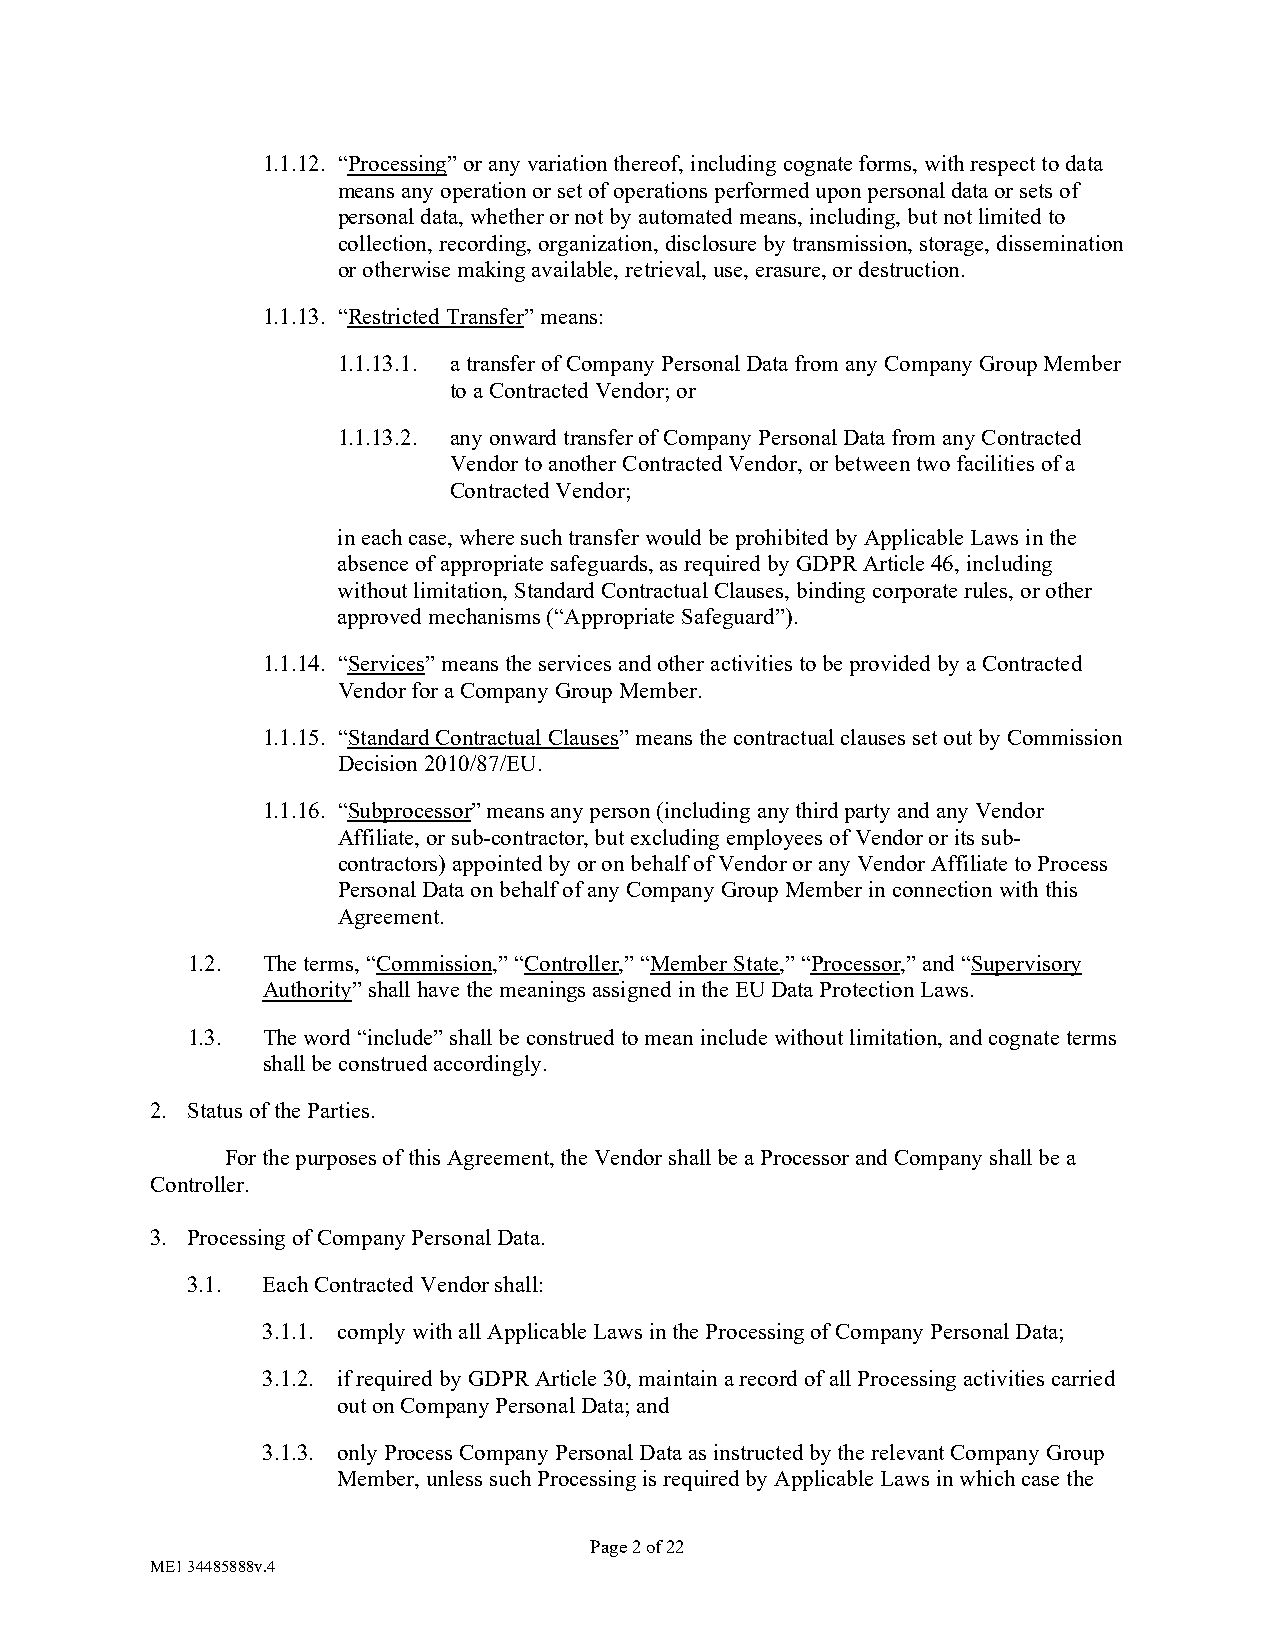
1.1.12. “Processing” or any variation thereof, including cognate forms, with respect to data
 means any operation or set of operations performed upon personal data or sets of
 personal data, whether or not by automated means, including, but not limited to
 collection, recording, organization, disclosure by transmission, storage, dissemination
 or otherwise making available, retrieval, use, erasure, or destruction.
 1.1.13. “Restricted Transfer” means:
 1.1.13.1. a transfer of Company Personal Data from any Company Group Member
 to a Contracted Vendor; or
 1.1.13.2. any onward transfer of Company Personal Data from any Contracted
 Vendor to another Contracted Vendor, or between two facilities of a
 Contracted Vendor;
 in each case, where such transfer would be prohibited by Applicable Laws in the
 absence of appropriate safeguards, as required by GDPR Article 46, including
 without limitation, Standard Contractual Clauses, binding corporate rules, or other
 approved mechanisms (“Appropriate Safeguard”).
 1.1.14. “Services” means the services and other activities to be provided by a Contracted
 Vendor for a Company Group Member.
 1.1.15. “Standard Contractual Clauses” means the contractual clauses set out by Commission
 Decision 2010/87/EU.
 1.1.16. “Subprocessor” means any person (including any third party and any Vendor
 Affiliate, or sub-contractor, but excluding employees of Vendor or its sub-
 contractors) appointed by or on behalf of Vendor or any Vendor Affiliate to Process
 Personal Data on behalf of any Company Group Member in connection with this
 Agreement.
 1.2. The terms, “Commission,” “Controller,” “Member State,” “Processor,” and “Supervisory
 Authority” shall have the meanings assigned in the EU Data Protection Laws.
 1.3. The word “include” shall be construed to mean include without limitation, and cognate terms
 shall be construed accordingly.
 2. Status of the Parties.
 For the purposes of this Agreement, the Vendor shall be a Processor and Company shall be a
 Controller.
 3. Processing of Company Personal Data.
 3.1. Each Contracted Vendor shall:
 3.1.1. comply with all Applicable Laws in the Processing of Company Personal Data;
 3.1.2. if required by GDPR Article 30, maintain a record of all Processing activities carried
 out on Company Personal Data; and
 3.1.3. only Process Company Personal Data as instructed by the relevant Company Group
 Member, unless such Processing is required by Applicable Laws in which case the
 Page 2 of 22
 ME1 34485888v.4